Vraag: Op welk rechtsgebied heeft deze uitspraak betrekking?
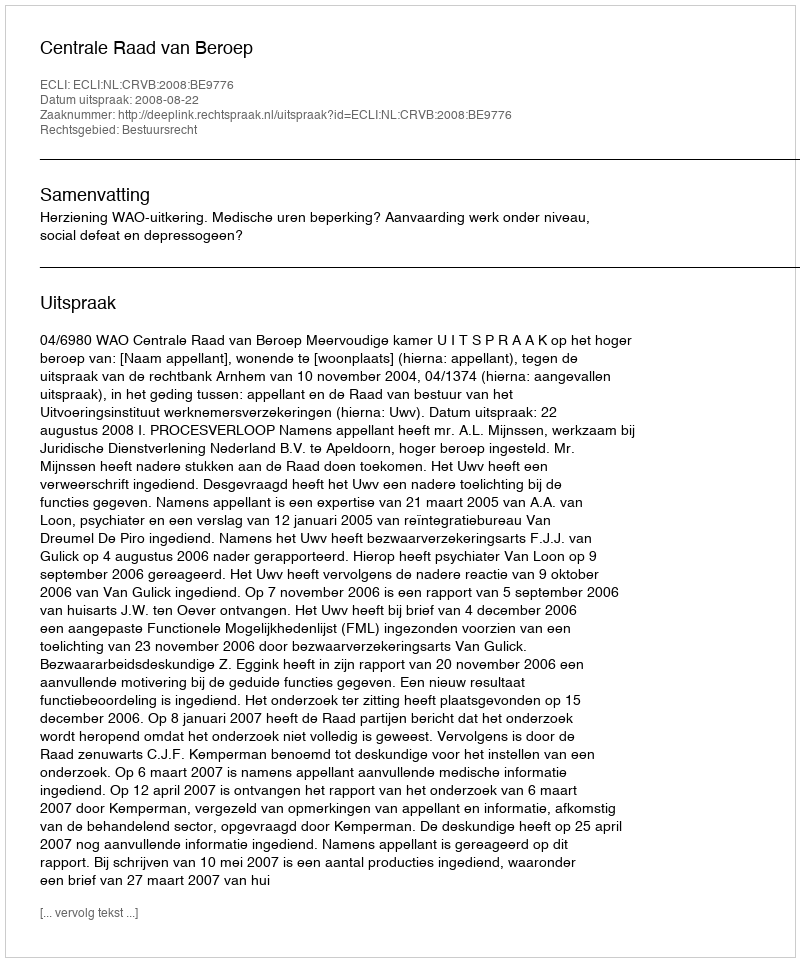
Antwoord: Bestuursrecht